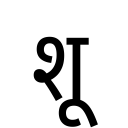
OCR:
शू